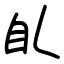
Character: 臫